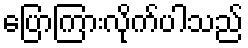
ပြောကြားလိုက်ပါသည်